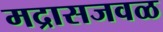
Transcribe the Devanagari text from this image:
मद्रासजवळ